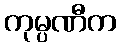
ကုမ္ပဏီက